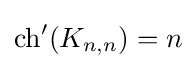
\operatorname {ch} '(K_{n,n})=n